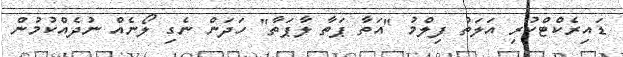
ޑައިރެކްޓްކުރި އަލަތު ފިލްމު "އަތާ ޕަތާ ލާޕަތާ" ހަދަން ނެގި ލޯނެއް ނުދެއްކުމުން